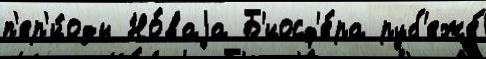
п'ер'и́оды Но́ваjа Б'иосф'е́ра руб'еже́